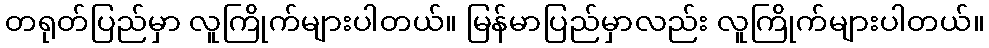
တရုတ်ပြည်မှာ လူကြိုက်များပါတယ်။ မြန်မာပြည်မှာလည်း လူကြိုက်များပါတယ်။